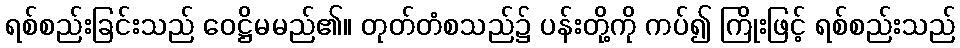
ရစ်စည်းခြင်းသည် ဝေဋ္ဌိမမည်၏။ တုတ်တံစသည်၌ ပန်းတို့ကို ကပ်၍ ကြိုးဖြင့် ရစ်စည်းသည်